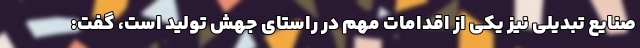
صنایع تبدیلی نیز یکی از اقدامات مهم در راستای جهش تولید است، گفت: